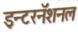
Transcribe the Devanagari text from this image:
इन्टरनॅशनल